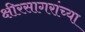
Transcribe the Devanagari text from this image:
क्षीरसागरांच्या